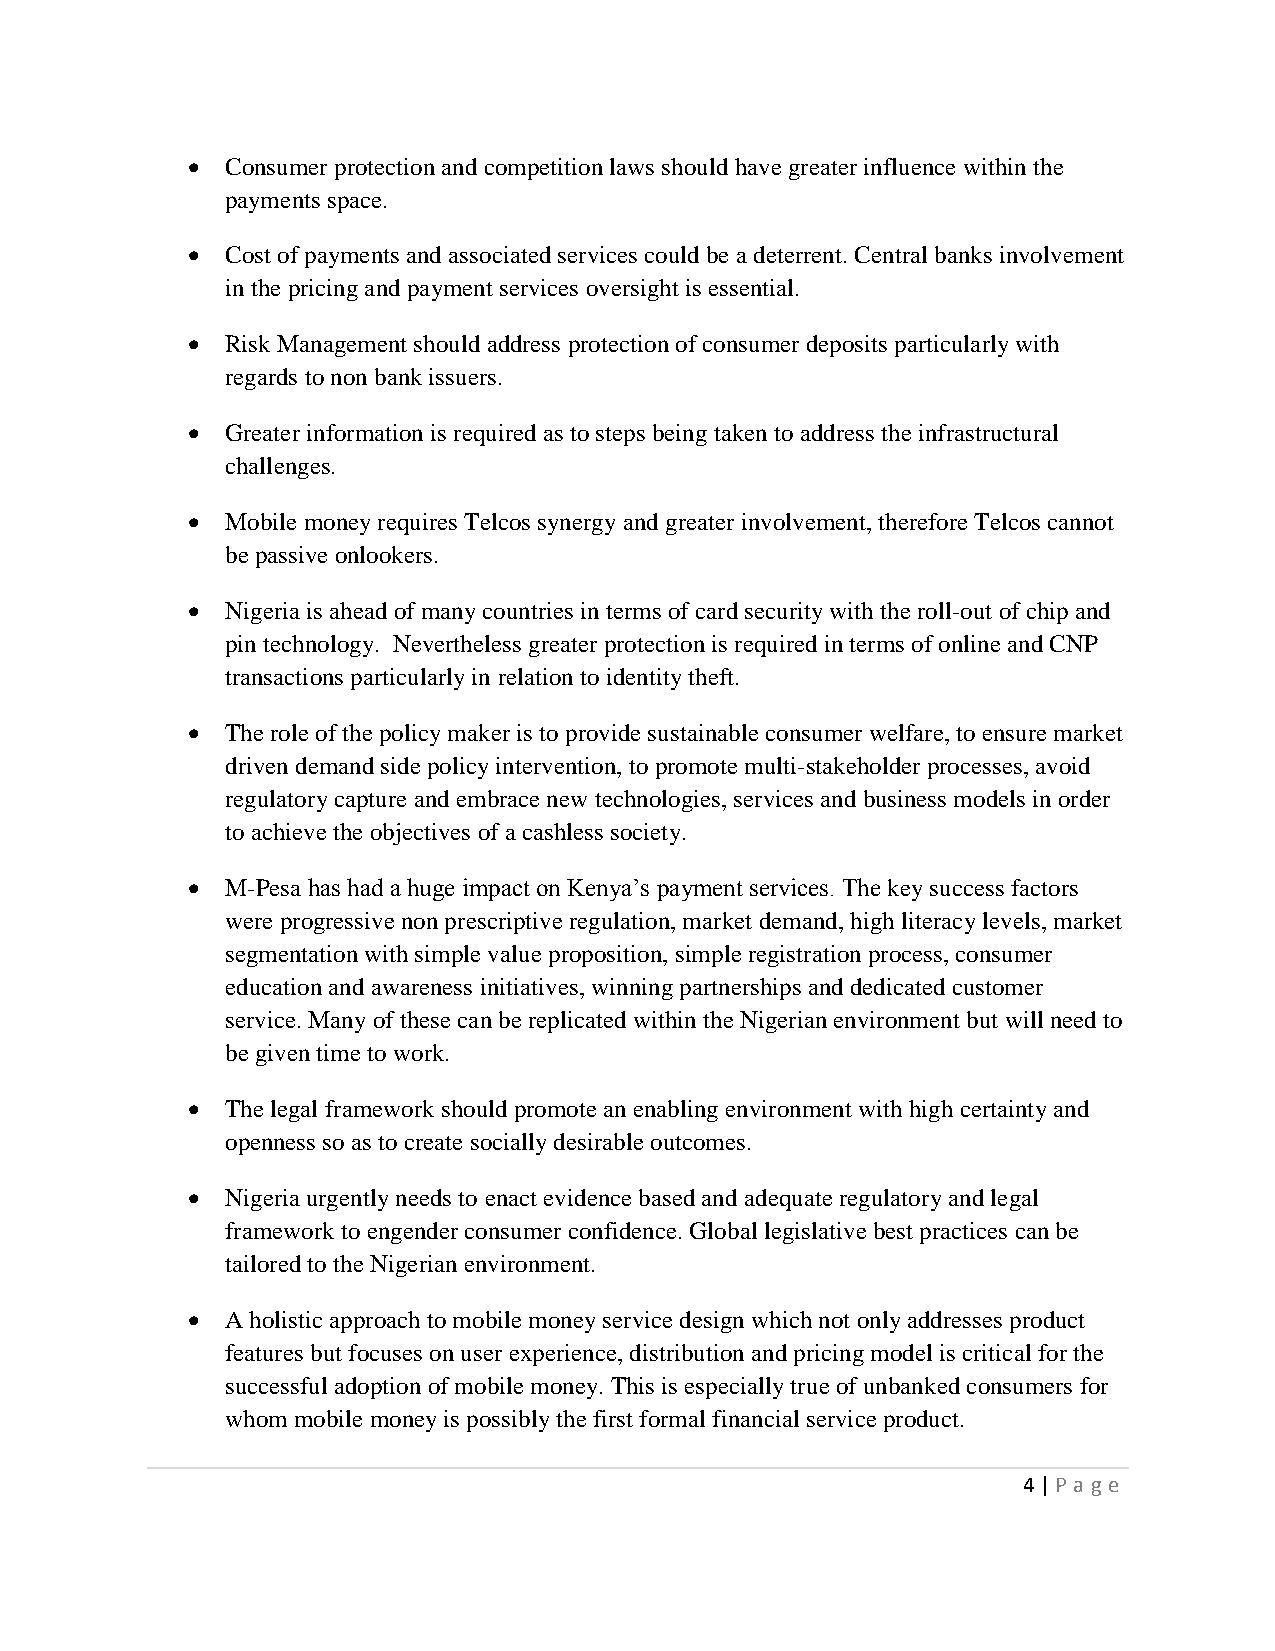
  Consumer protection and competition laws should have greater influence within the
 payments space.
   Cost of payments and associated services could be a deterrent. Central banks involvement
 in the pricing and payment services oversight is essential.
   Risk Management should address protection of consumer deposits particularly with
 regards to non bank issuers.
   Greater information is required as to steps being taken to address the infrastructural
 challenges.
   Mobile money requires Telcos synergy and greater involvement, therefore Telcos cannot
 be passive onlookers.
   Nigeria is ahead of many countries in terms of card security with the roll-out of chip and
 pin technology. Nevertheless greater protection is required in terms of online and CNP
 transactions particularly in relation to identity theft.
   The role of the policy maker is to provide sustainable consumer welfare, to ensure market
 driven demand side policy intervention, to promote multi-stakeholder processes, avoid
 regulatory capture and embrace new technologies, services and business models in order
 to achieve the objectives of a cashless society.
   M-Pesa has had a huge impact on Kenya’s payment services. The key success factors
 were progressive non prescriptive regulation, market demand, high literacy levels, market
 segmentation with simple value proposition, simple registration process, consumer
 education and awareness initiatives, winning partnerships and dedicated customer
 service. Many of these can be replicated within the Nigerian environment but will need to
 be given time to work.
   The legal framework should promote an enabling environment with high certainty and
 openness so as to create socially desirable outcomes.
   Nigeria urgently needs to enact evidence based and adequate regulatory and legal
 framework to engender consumer confidence. Global legislative best practices can be
 tailored to the Nigerian environment.
   A holistic approach to mobile money service design which not only addresses product
 features but focuses on user experience, distribution and pricing model is critical for the
 successful adoption of mobile money. This is especially true of unbanked consumers for
 whom mobile money is possibly the first formal financial service product.
 4 | P age